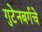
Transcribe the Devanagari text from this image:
गुटेनबर्गचे